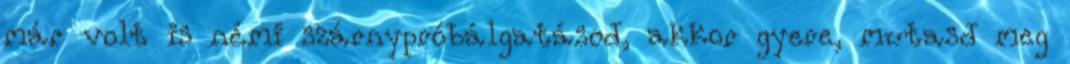
már volt is némi szárnypróbálgatásod, akkor gyere, mutasd meg